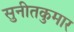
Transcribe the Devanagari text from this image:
सुनीतकुमार